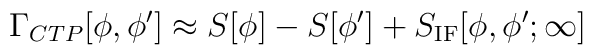
\Gamma_{CTP}[\phi,\phi'] \approx S[\phi] - S[\phi'] + S_{\rm IF}[\phi,\phi';\infty]